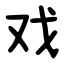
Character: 戏